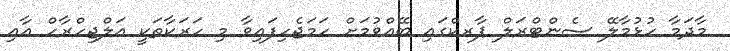
މާދަމާ ހުޅުމާލޭ ސެންޓްރަލް ޕާރކްގައި ބޭއްވުމަށް ހަމަޖެހިފައިވާ މި ހަރަކާތަކީ އަލްޖިހްރާހް އާއި